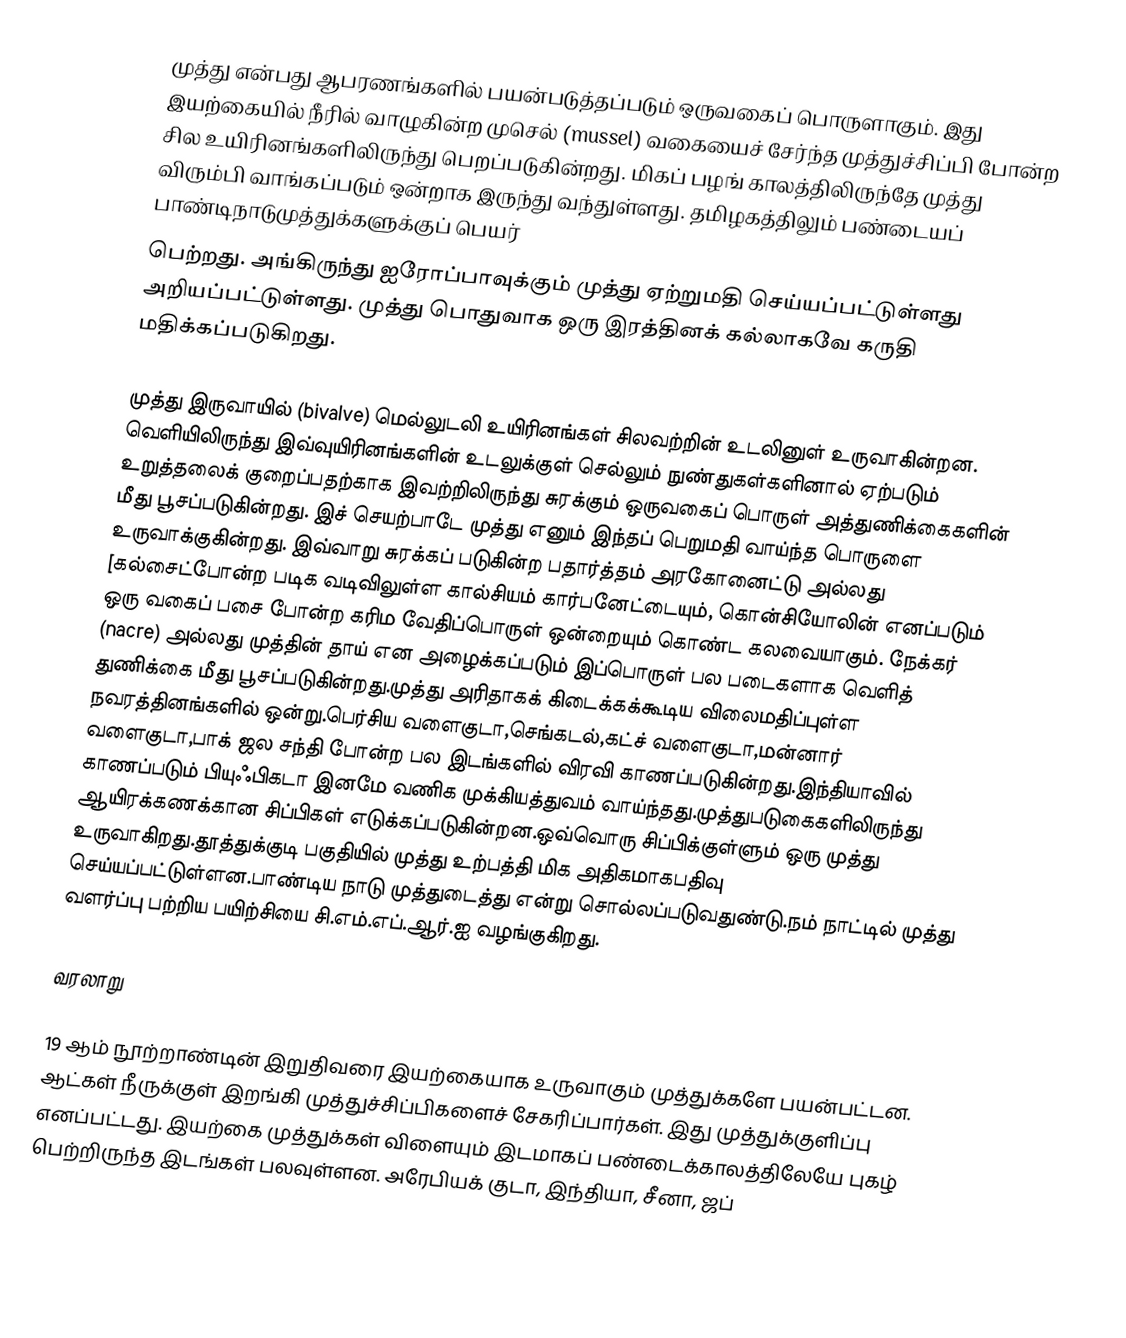
முத்து என்பது ஆபரணங்களில் பயன்படுத்தப்படும் ஒருவகைப் பொருளாகும். இது இயற்கையில் நீரில் வாழுகின்ற முசெல் (mussel) வகையைச் சேர்ந்த முத்துச்சிப்பி போன்ற சில உயிரினங்களிலிருந்து பெறப்படுகின்றது. மிகப் பழங் காலத்திலிருந்தே முத்து விரும்பி வாங்கப்படும் ஒன்றாக இருந்து வந்துள்ளது. தமிழகத்திலும் பண்டையப் பாண்டிநாடுமுத்துக்களுக்குப் பெயர்
பெற்றது. அங்கிருந்து ஐரோப்பாவுக்கும் முத்து ஏற்றுமதி செய்யப்பட்டுள்ளது அறியப்பட்டுள்ளது. முத்து பொதுவாக ஒரு இரத்தினக் கல்லாகவே கருதி மதிக்கப்படுகிறது.

முத்து இருவாயில் (bivalve) மெல்லுடலி உயிரினங்கள் சிலவற்றின் உடலினுள் உருவாகின்றன. வெளியிலிருந்து இவ்வுயிரினங்களின் உடலுக்குள் செல்லும் நுண்துகள்களினால் ஏற்படும் உறுத்தலைக் குறைப்பதற்காக இவற்றிலிருந்து சுரக்கும் ஒருவகைப் பொருள் அத்துணிக்கைகளின் மீது பூசப்படுகின்றது. இச் செயற்பாடே முத்து எனும் இந்தப் பெறுமதி வாய்ந்த பொருளை உருவாக்குகின்றது. இவ்வாறு சுரக்கப் படுகின்ற பதார்த்தம் அரகோனைட்டு அல்லது [கல்சைட்போன்ற படிக வடிவிலுள்ள கால்சியம்  கார்பனேட்டையும், கொன்சியோலின் எனப்படும் ஒரு வகைப் பசை போன்ற கரிம வேதிப்பொருள் ஒன்றையும் கொண்ட கலவையாகும். நேக்கர் (nacre) அல்லது முத்தின் தாய் என அழைக்கப்படும் இப்பொருள் பல படைகளாக வெளித் துணிக்கை மீது பூசப்படுகின்றது.முத்து அரிதாகக் கிடைக்கக்கூடிய விலைமதிப்புள்ள நவரத்தினங்களில் ஒன்று.பெர்சிய வளைகுடா,செங்கடல்,கட்ச் வளைகுடா,மன்னார் வளைகுடா,பாக் ஜல சந்தி பாேன்ற பல இடங்களில் விரவி காணப்படுகின்றது.இந்தியாவில் காணப்படும் பியுஃபிகடா இனமே வணிக முக்கியத்துவம் வாய்ந்தது.முத்துபடுகைகளிலிருந்து ஆயிரக்கணக்கான சிப்பிகள் எடுக்கப்படுகின்றன.ஒவ்வாெரு சிப்பிக்குள்ளும் ஒரு முத்து உருவாகிறது.தூத்துக்குடி பகுதியில் முத்து உற்பத்தி மிக அதிகமாகபதிவு செய்யப்பட்டுள்ளன.பாண்டிய நாடு முத்துடைத்து என்று சாெல்லப்படுவதுண்டு.நம் நாட்டில் முத்து வளர்ப்பு பற்றிய பயிற்சியை சி.எம்.எப்.ஆர்.ஐ வழங்குகிறது.

வரலாறு

19 ஆம் நூற்றாண்டின் இறுதிவரை இயற்கையாக உருவாகும் முத்துக்களே பயன்பட்டன. ஆட்கள் நீருக்குள் இறங்கி முத்துச்சிப்பிகளைச் சேகரிப்பார்கள். இது முத்துக்குளிப்பு எனப்பட்டது. இயற்கை முத்துக்கள் விளையும் இடமாகப் பண்டைக்காலத்திலேயே புகழ் பெற்றிருந்த இடங்கள் பலவுள்ளன. அரேபியக் குடா, இந்தியா, சீனா, ஜப்